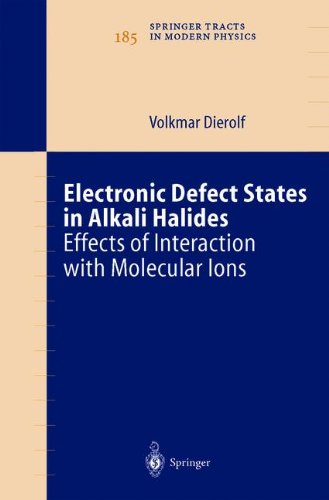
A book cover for Electronic Defect States in Alkali Halides: Effects of Interaction with Molecular Ions (Springer Tracts in Modern Physics); Volkmar Dierolf; Science & Math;